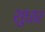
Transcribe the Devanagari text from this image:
शुधार